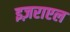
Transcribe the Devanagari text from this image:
इज़राएल